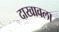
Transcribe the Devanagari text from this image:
दाखावला